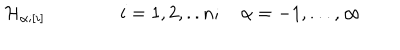
LaTeX: { \cal H } _ { \alpha ; [ i ] } \qquad \qquad i = 1 , 2 , . . n ; \quad \alpha = - 1 , . . . , \infty